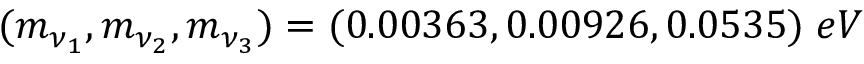
( m _ { \nu _ { 1 } } , m _ { \nu _ { 2 } } , m _ { \nu _ { 3 } } ) = ( 0 . 0 0 3 6 3 , 0 . 0 0 9 2 6 , 0 . 0 5 3 5 ) \; e V